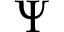
\Psi